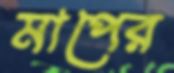
মাপের